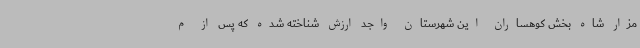
مزار شاه بخش کوهساران این شهرستان واجد ارزش شناخته شده که پس از م